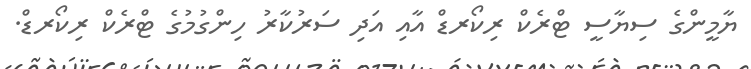
ޔާމީންގެ ސިޔާސީ ޓްރެކް ރިކޯރޑް އާއި އަދި ސަރުކާރު ހިންގުމުގެ ޓްރެކް ރިކޯރޑް.